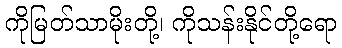
ကိုမြတ်သာမိုးတို့၊ ကိုသန်းနိုင်တို့ရော